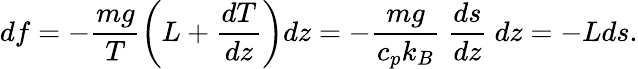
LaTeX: df=-{\frac{mg}{T}}\bigg(L+{\frac{dT}{dz}}\bigg)dz=-{\frac{mg}{c_{p}k_{B}}}\ {\frac{ds}{dz}}\ dz=-Lds.